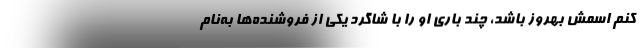
کنم اسمش بهروز باشد، چند باری او را با شاگرد یکی از فروشنده‌ها به‌نام